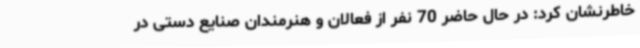
خاطرنشان کرد: در حال حاضر 70 نفر از فعالان و هنرمندان صنایع دستی در